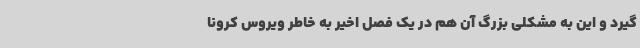
گیرد و این به مشکلی بزرگ آن هم در یک فصل اخیر به خاطر ویروس کرونا